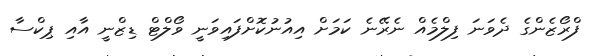
ފްރޯޒެންގެ ދެވަނަ ފިލްމެއް ނެރޭނެ ކަމަށް އިއުނުކޮށްފައިވަނީ ވޯލްޓް ޑިޒްނީ އާއި ޕިކްސާ